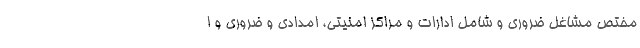
مختص مشاغل ضروری و شامل ادارات و مراکز امنیتی، امدادی و ضروری و ا